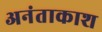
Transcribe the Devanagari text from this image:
अनंताकाश